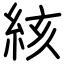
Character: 絯